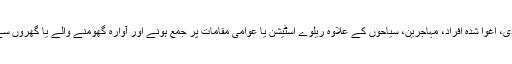
ایسے افراد میں منشیات کے عادی، اغوا شدہ افراد، مہاجرین، سیاحوں کے علاوہ ریلوے اسٹیشن یا عوامی مقامات پر جمع ہونے اور آوارہ گھومنے والے یا گھروں سے بھاگے ہوئے شامل ہوتے ہیں۔